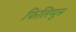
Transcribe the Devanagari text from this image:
फिलिप्पुस